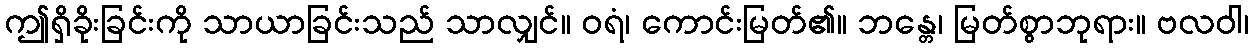
ဤရှိခိုးခြင်းကို သာယာခြင်းသည် သာလျှင်။ ဝရံ၊ ကောင်းမြတ်၏။ ဘန္တေ၊ မြတ်စွာဘုရား။ ဗလဝါ၊